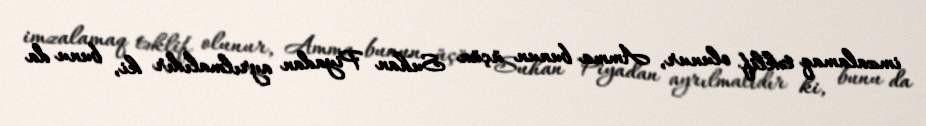
imzalamaq təklif olunur, Amma bunun üçün Suhan Piyadan ayrılmalıdır ki, bunu da